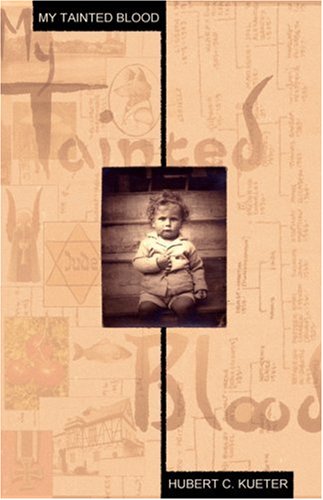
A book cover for My Tainted Blood; Hubert C. Kueter; Biographies & Memoirs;